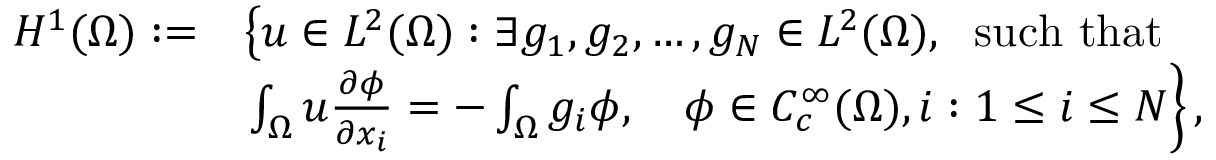
\begin{array} { r l } { H ^ { 1 } ( \Omega ) : = } & { \left\{ u \in L ^ { 2 } ( \Omega ) : \exists g _ { 1 } , g _ { 2 } , \ldots , g _ { N } \in L ^ { 2 } ( \Omega ) , \right. \mathrm { ~ s u c h ~ t h a t ~ } } \\ & { \left. \int _ { \Omega } u \frac { \partial \phi } { \partial x _ { i } } = - \int _ { \Omega } g _ { i } \phi , \quad \phi \in C _ { c } ^ { \infty } ( \Omega ) , i : 1 \leq i \leq N \right\} , } \end{array}